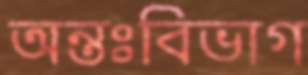
অন্তঃবিভাগ